Vabadussoja_Ajaloo_Komitee, lk 122
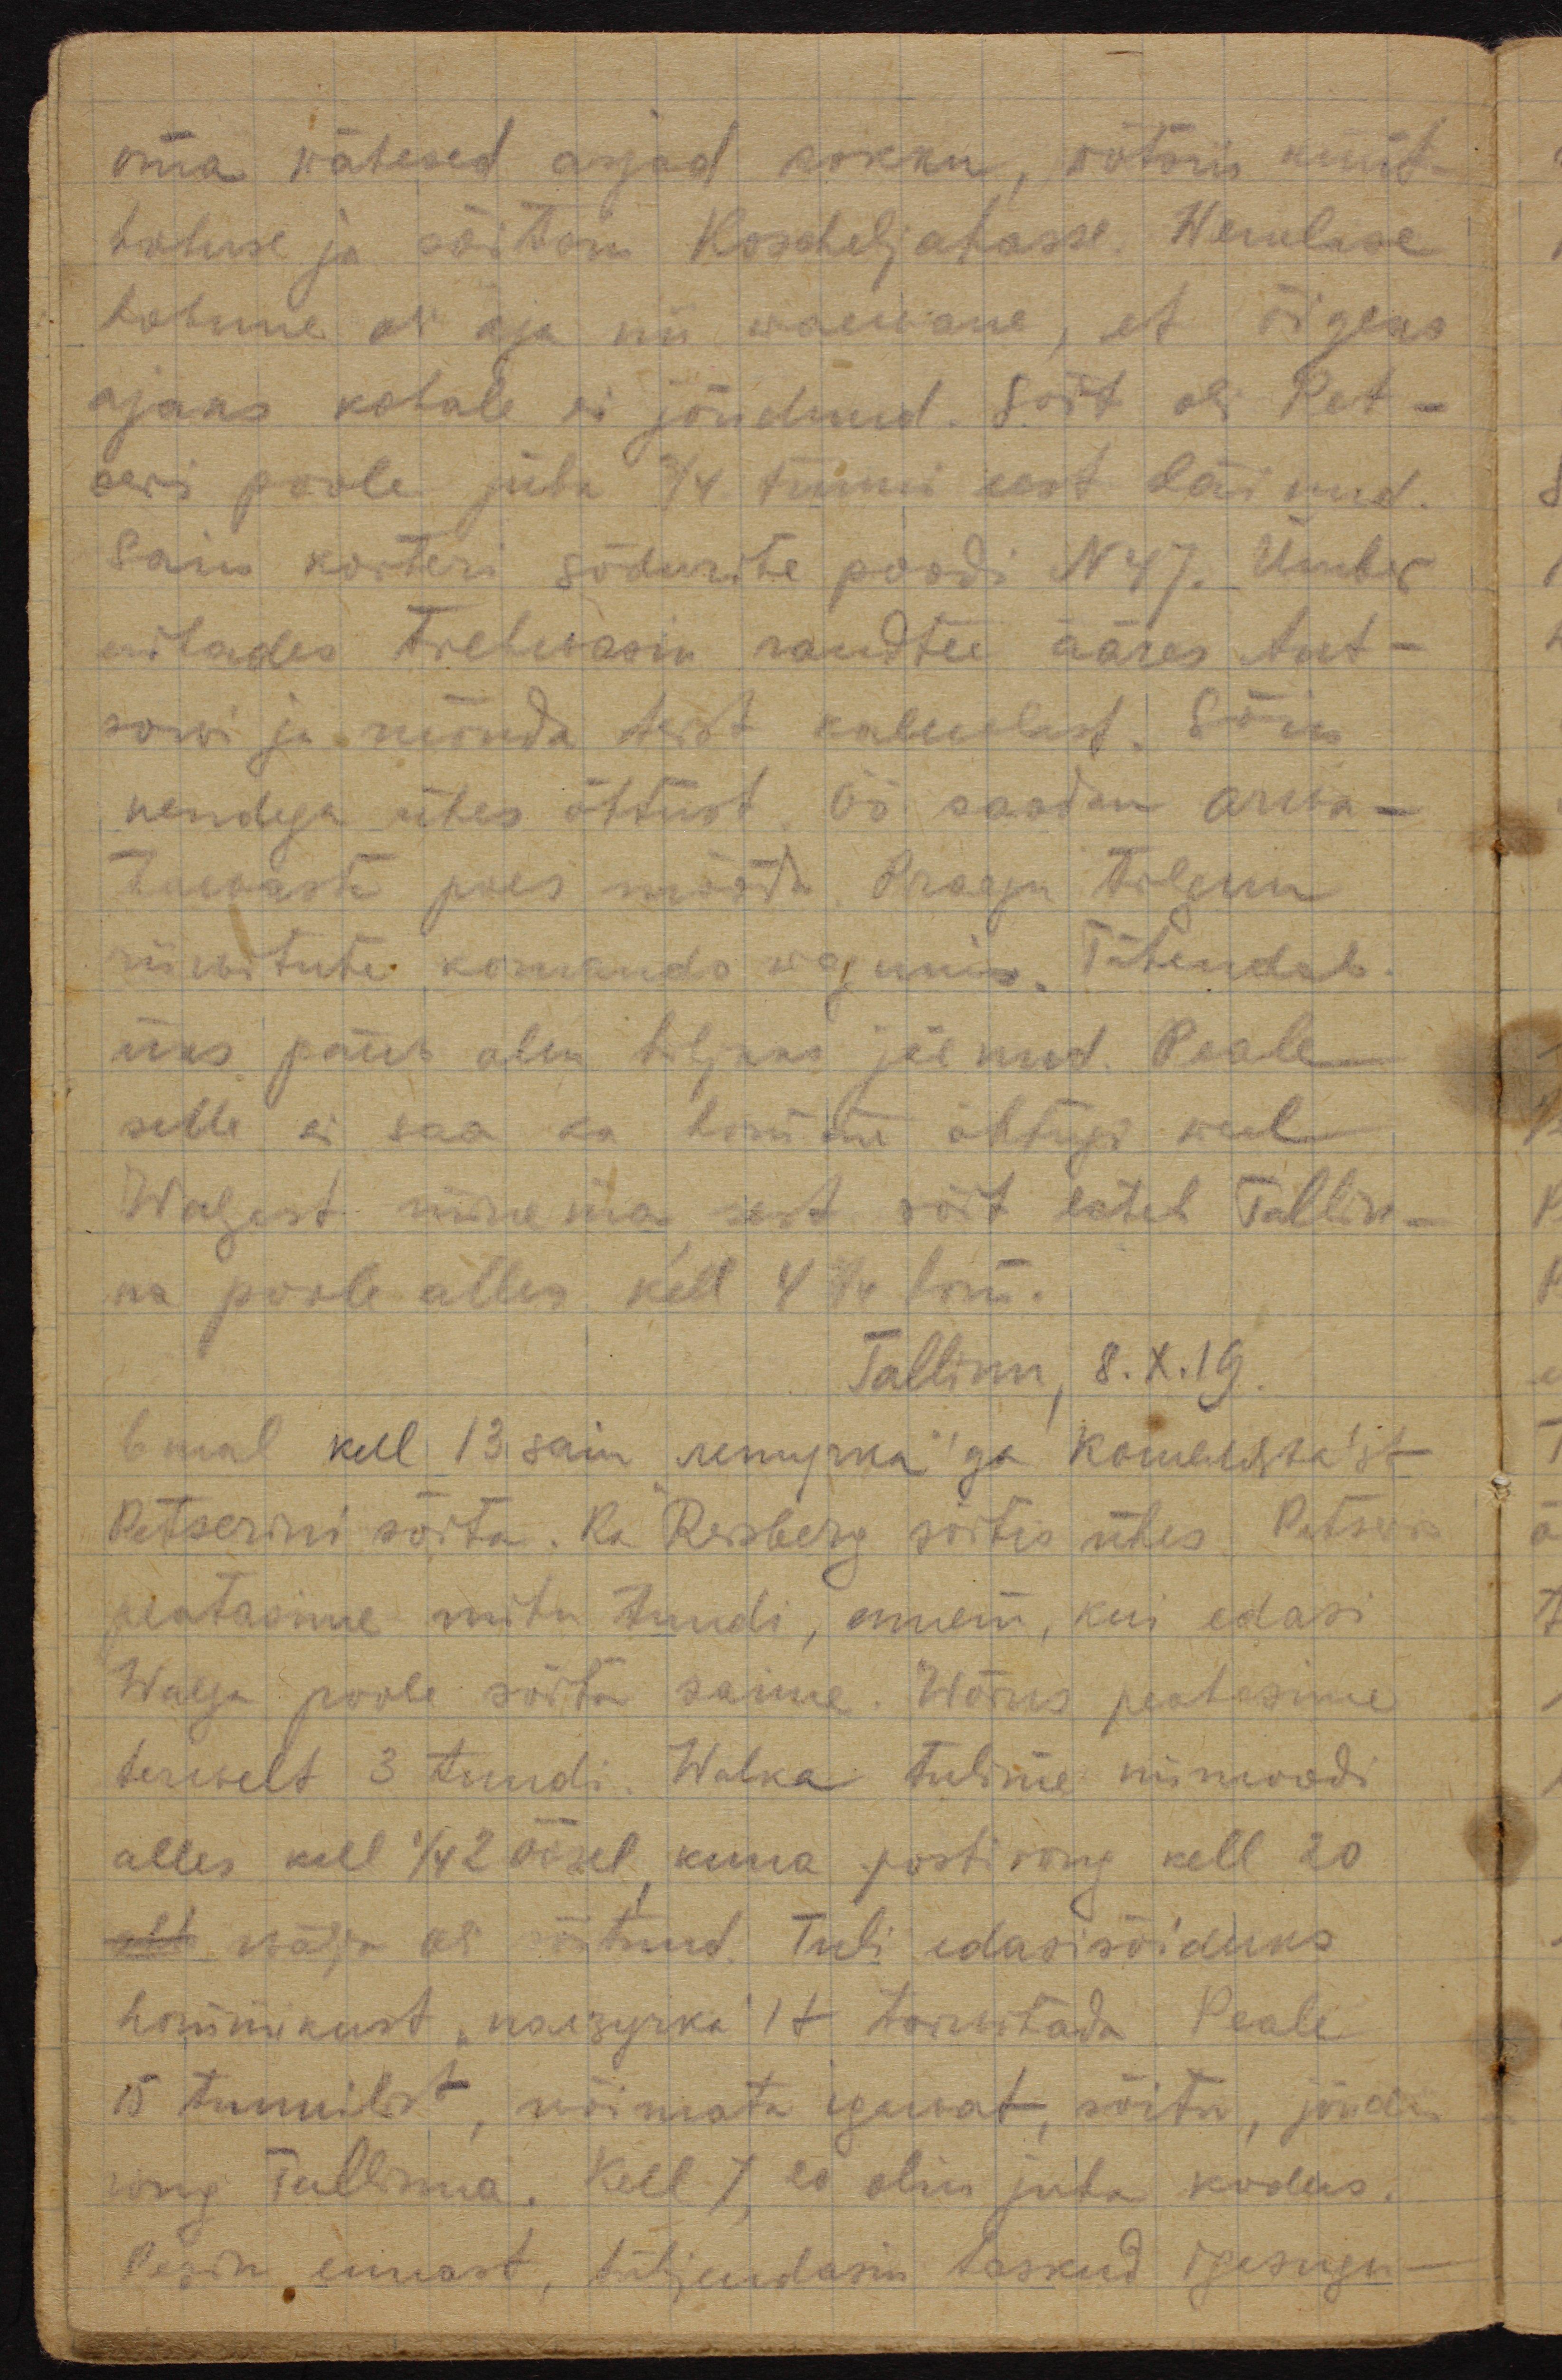
oma wähesed asjad kokku, wõtsin küüt-
hobuse ja sõitsin Koscheljakasse. Wenelase
hobune oli aga ni waewane, et õigeks
ajaks kohale ei jõudnud. Sõit oli Pet-
seri poole juba 3/4 tunni eest läinud.
Sain korteri sõdurite poodi N47. Ümber
uitades trehwasin raudtee ääres Ant-
soni ja mõnda teist kalewlast. Sõin
nendega ühes õhtust. Öö saadan arwa-
tawaste poes mõõda. Praegu tolgun
niinimetatud komando wagunis. Tähendab
üks päew olen hiljaks jäenud. Peale
selle ei saa ka homme õhtugi weel
Walgast minema, sest sõit läheb Tallin-
na poole alles kell 4 hom.
Tallinn, 8.X.19
6mal kell 13 sain "летучка"'ga Кошелята'st
Petserini sõita. Resberg sõitis ühes. Petseris
peatasime mitu tundi, ennem, kui edasi 
Walga poole sõita saime. Wõrus peatusime
terwelt 3 tundi. Walka tulime niimoodi
alles kell 1/4 2 öösel, kuna postirong kell 20
wälja oli sõitnud. Tuli edasisõiduks
hommikust "ползучка" tarwitada. Peale
15 tunnilist, wõimata igawat, sõitu, jõudis
rong Tallinna. Kell 7 olin juba kodus.
Pesin ennast, tühjendasin taskust igasugu